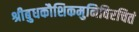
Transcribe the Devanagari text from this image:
श्रीबुधकौशिकमुनिविरचितं